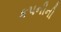
કપનીની